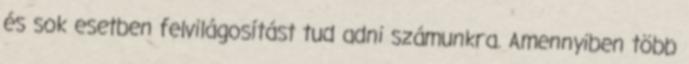
és sok esetben felvilágosítást tud adni számunkra. Amennyiben több